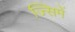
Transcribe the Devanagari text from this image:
ज्सिमें